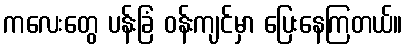
ကလေးတွေ ပန်းခြံ ဝန်းကျင်မှာ ပြေးနေကြတယ်။